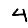
Digit: 4